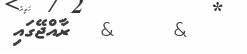
&    &  ރާއްޖޭގައި